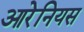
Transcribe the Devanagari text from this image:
आरेनियस